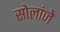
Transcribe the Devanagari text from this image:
सोलांजे